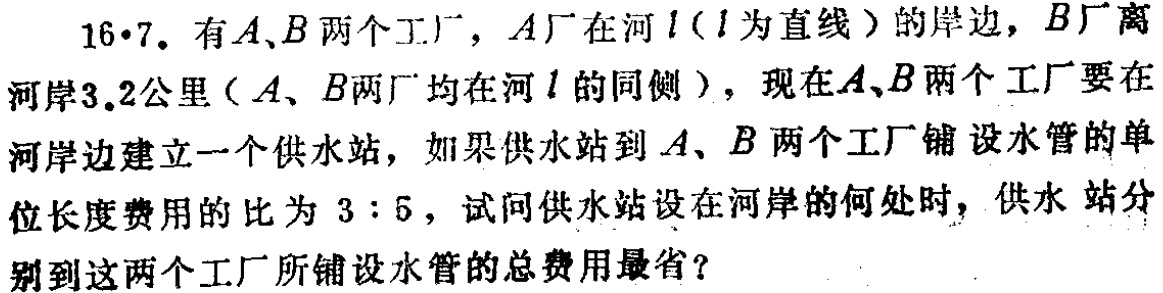
16·7. 有\(A\)、\(B\)两个工厂，\(A\)厂在河\(l\)（\(l\)为直线）的岸边，\(B\)厂离河岸\(3.2\)公里（\(A\)、\(B\)两厂均在河\(l\)的同侧），现在\(A\)、\(B\)两个工厂要在河岸边建立一个供水站，如果供水站到\(A\)、\(B\)两个工厂铺设水管的单位长度费用的比为 \(3:5\)，试问供水站设在河岸的何处时，供水 站分别到这两个工厂所铺设水管的总费用最省？